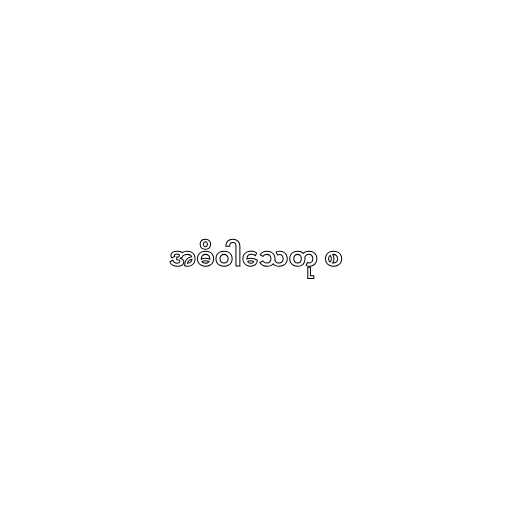
အဓိဝါသေတု စ